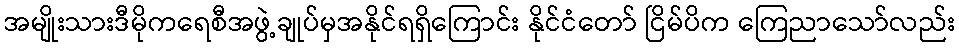
အမျိုးသားဒီမိုကရေစီအဖွဲ့ချုပ်မှအနိုင်ရရှိကြောင်း နိုင်ငံတော် ငြိမ်ပိက ကြေညာသော်လည်း